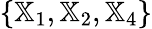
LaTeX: \{ {\mathbb X}_{1},{\mathbb X}_{2},{\mathbb X}_{4}\}